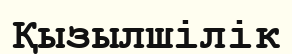
Қызылшілік